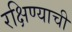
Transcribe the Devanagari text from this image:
रक्षिण्याची